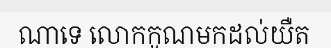
ណាទេ លោកកូណមកដល់យឺត